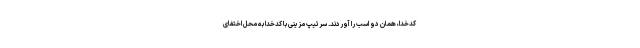
کدخدا، همان دو اسب را آوردند. سرتیپ مزینی با کدخدا به محل اختفای